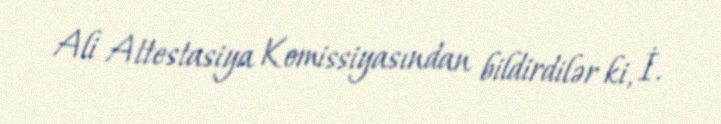
Ali Attestasiya Komissiyasından bildirdilər ki, İ.